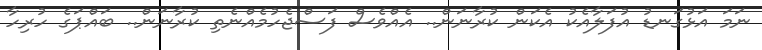
ނަމަ އަޅުގަނޑު އުފަލާއެކު އެކަން ކުރާނަން.. އެއްވެސް ފަސްޖެހުމެއްނެތި ކުރާނަން.. ބައްޕަގެ ހުރިހާ